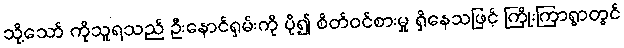
သို့သော် ကိုသူရသည် ဦးနောင်ရှမ်းကို ပို၍ စိတ်ဝင်စားမှု ရှိနေသဖြင့် ကြိုးကြာရွာတွင်